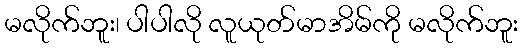
မလိုက်ဘူး၊ ပါပါလို လူယုတ်မာအိမ်ကို မလိုက်ဘူး